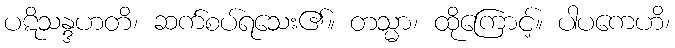
ပဋိသန္ဒဟတိ၊ ဆက်စပ်ရသေး၏။ တသ္မာ၊ ထိုကြောင့်။ ပါပကေဟိ၊